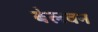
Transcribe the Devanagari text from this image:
बेलवन